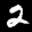
Label: 2